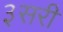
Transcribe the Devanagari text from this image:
३सरी